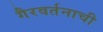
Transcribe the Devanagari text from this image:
गैरवर्तनाची